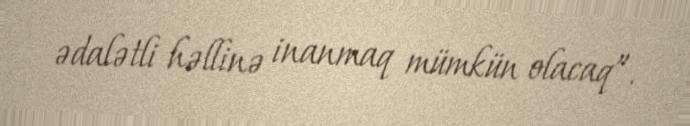
ədalətli həllinə inanmaq mümkün olacaq”.